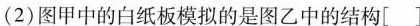
(2)图甲中的白纸板模拟的是图乙中的结构[]